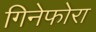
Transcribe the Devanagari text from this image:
गिनेफोरा